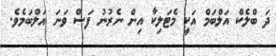
ދަ ބްލެކް އަލްބަމް އަކީ މެޓަލިކާ އިން ނެރުނު ފަސް ވަނަ އަލްބަމެވެ.